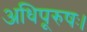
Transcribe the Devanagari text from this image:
अधिपूरुषः।